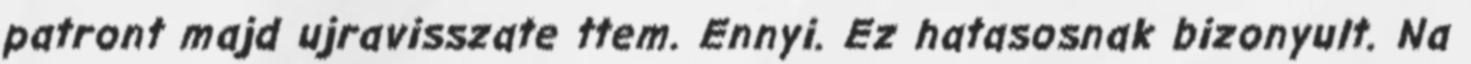
patront majd ujravisszate ttem. Ennyi. Ez hatasosnak bizonyult. Na